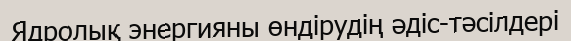
Ядролық энергияны өндірудің әдіс-тәсілдері